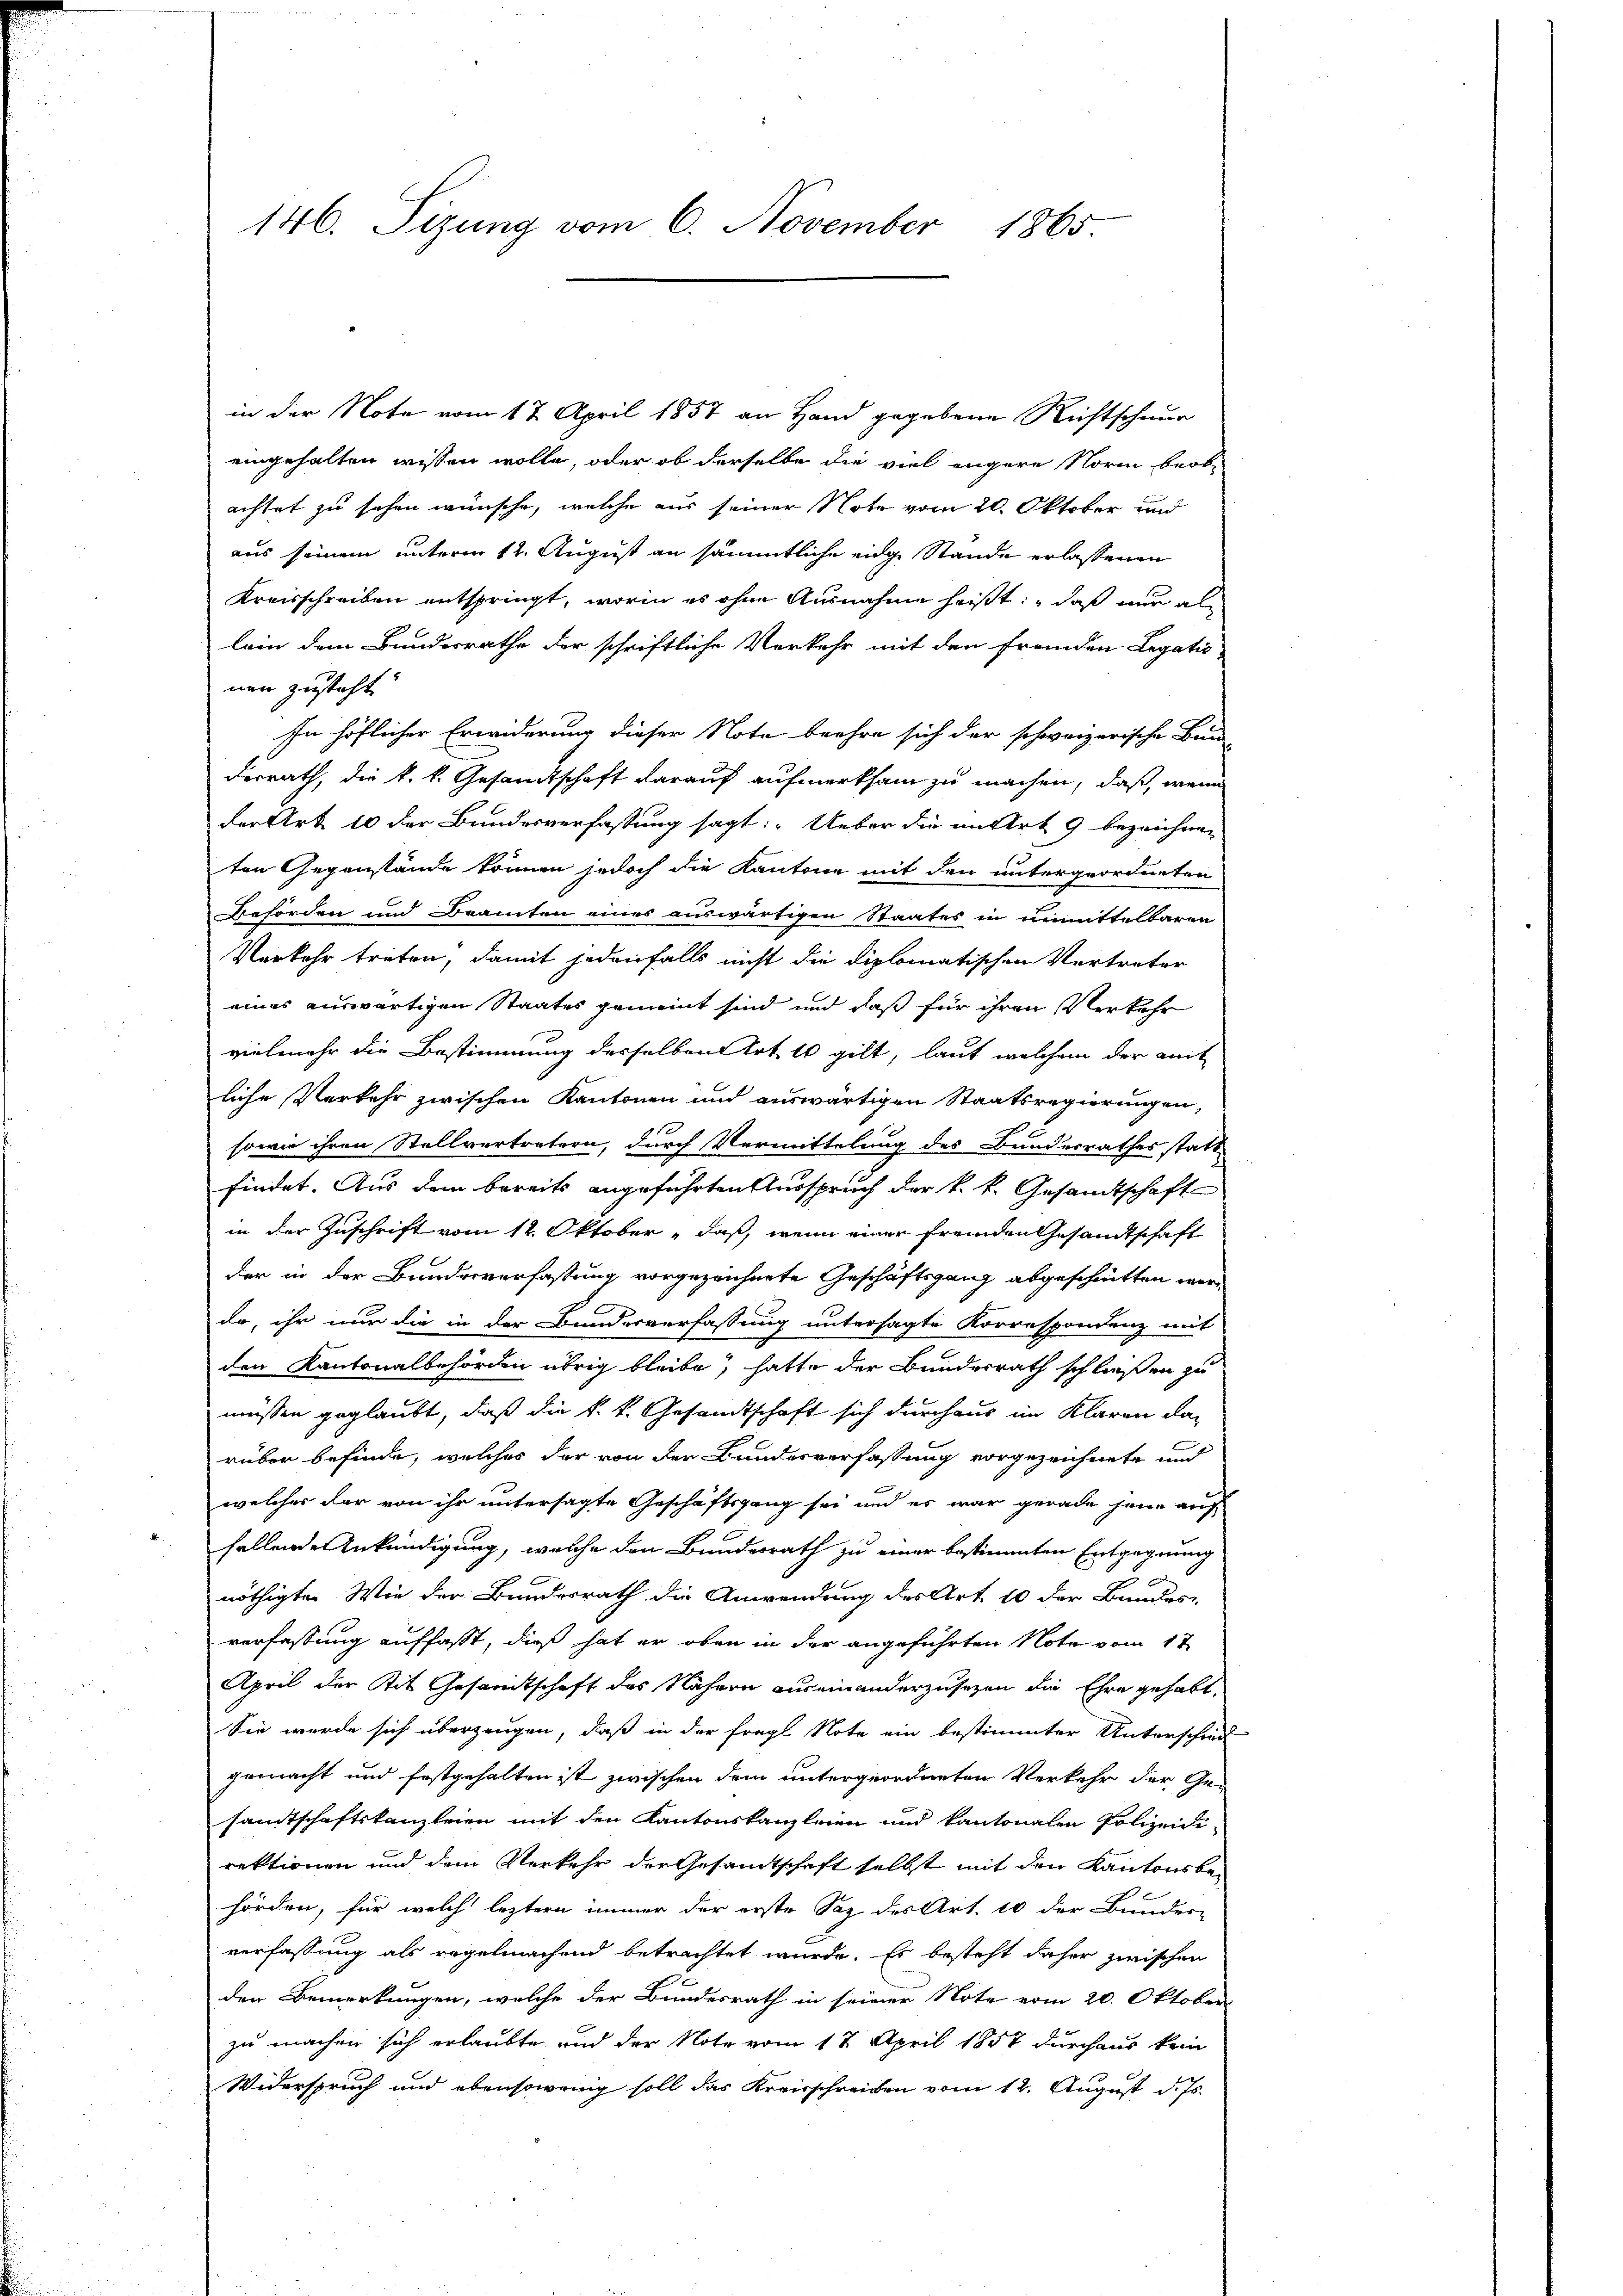
146. Sizung vom 6. November 1865.

in der Note vom 17. April 1857 an Hand gegebene Richtschnur
eingehalten wissen wolle, oder ob derselbe die viel engere Norm beob-
achtet zu sehen wünsche, welche aus seiner Note vom 20. Oktober und
aus seinem unterm 12. August an sämmtliche eige Stande erlassenen
Kreisschreiben entspringt, worin es ohne Ausnahme heißt: daß nur al
lein dem Bundesrathe der schriftliche Verkehr mit den fremden Legatio
nen zusteht.
In höflicher Erwiderung dieser Note beehre sich der schweizerische Bau
derrath, die k. k. Gesandtschaft darauf aufmerksam zu machen, daß, wenn
der Art. 10 der Bundesverfassung sagt: „Ueber die in Art. 9 bezeichnen
ten Gegenstände können jedoch die Kantone mit den untergeordneten
Behörden und Beamten eines auswärtigen Staates in unmittelbaren
Verkehr treten, damit jedenfalls nicht die diplomatischen Vertreter
eines auswärtigen Staates gemeint sind und daß für ihren Verkehr
vielmehr die Bestimmung desselben Art 4 gilt, laut welchem der mit
liche Verkehr zwischen Kantonen und auswärtigen Staatsregierungen,
sowie ihren Stellvertretern, durch Vermittelung des Bundesrathes statt
findet. Aus dem bereits angeführten Ausspruch der k. k. Gesandtschaft
in der Zuschrift vom 12. Oktober ,daß, wenn einer fremden Gesandtschaft
der in der Bundesverfassung vorgezeichnete Geschäftsgang abgeschnitten werd
de, ihr nur die in der Bundesverfassung untersagte Korrespondenz mit
den Kantonalbehörden übrig bleibe, hatte der Bundesrath schließen zu
müssen geglaubt, daß die k. k. Gesandtschaft sich durchaus im Klaren da-
rüber befinde, welches der von der Bundesverfassung vorgezeichnete und
welches der von ihr untersagte Geschäftsgang sei und es war gerade jene auf
 Hallen Ankündigung, welche den Bundesrath zu einer bestimmten Entgegnung
nöthigten Wie der Bundesrath die Anwendung des Art 10 der Bandes-
verfassung auffasst, dieß hat er oben in der angeführten Note vom 1t
April der Tit. Gesandtschaft des Nähern auseinanderzusezen die Ehre gehabt,
Sie werde sich überzeugen, daß in der fragl. Note ein bestimmter Unterschied
gemacht und festgehalten ist zwischen dem untergeordneten Verkehr der Ge-
sandtschaftskanzleien mit den Kantonskanzleien und kantonalen Polizeidirektionen und dem Verkehr der Gesandtschaft selbst mit den Kantonsbehörden, für welch leztern immer der erste Saz des Art. 10 der Bunder-
verfassung als regelmachend betrachtet wurde. Es besteht daher zwischen
den Bemerkungen, welche der Bundesrath in seiner Note vom 20. Oktober
zu machen sich erlaubte und der Note vom 17. April 1857 durchaus kein
Widerspruch und ebensowenig soll das Kreisschreiben vom 12. August d. Js.